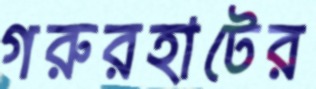
গরুরহাটের